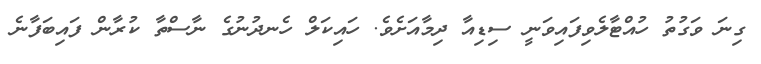
ގިނަ ވަގުތު ހުއްޓާލެވިފައިވަނީ ސިޑިއާ ދިމާއަށެވެ. ހައިކަލް ހެނދުނުގެ ނާސްތާ ކުރާން ފައިބަފާނެ